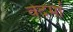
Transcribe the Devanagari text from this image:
वेदमां